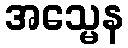
အသ္မေန